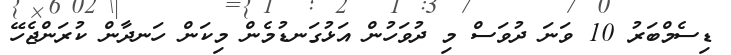
ޑިސެމްބަރު 10 ވަނަ ދުވަސް މި ދުވަހުން އަޅުގަނޑުމެން މިކަން ހަނދާން ކުރަންޖެހޭ